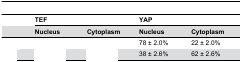
<table><thead><tr><td>[EMPTY_CELL]</td><td colspan="2"><b>TEF</b></td><td colspan="2"><b>YAP</b></td></tr><tr><td>[EMPTY_CELL]</td><td><b>Nucleus</b></td><td><b>Cytoplasm</b></td><td><b>Nucleus</b></td><td><b>Cytoplasm</b></td></tr></thead><tbody><tr><td>[EMPTY_CELL]</td><td>[EMPTY_CELL]</td><td>[EMPTY_CELL]</td><td>78 ± 2.0%</td><td>22 ± 2.0%</td></tr><tr><td>[EMPTY_CELL]</td><td>[EMPTY_CELL]</td><td>[EMPTY_CELL]</td><td>38 ± 2.6%</td><td>62 ± 2.6%</td></tr></tbody></table>